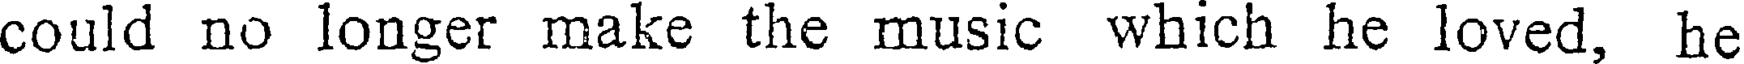
could no longer make the music which he loved, he